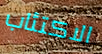
الاكتئاب